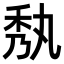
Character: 𮂼